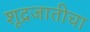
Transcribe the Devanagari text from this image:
शूद्रजातीचा